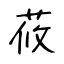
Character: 莜